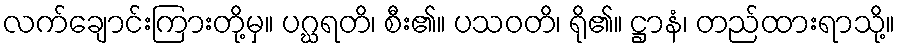
လက်ချောင်းကြားတို့မှ။ ပဂ္ဃရတိ၊ စီး၏။ ပသဝတိ၊ ရို၏။ ဋ္ဌာနံ၊ တည်ထားရာသို့။